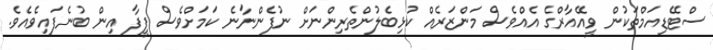
ސްޓޭޑިއަމްތަކުން ވީއޭއާރްގެ އެއްވެސް މަންޒަރެއް ކުޅިބެލުންތެރިންނަށް ނުފެންނާނެ ކަމަށްވެސް ފީފާ އިން ބުނެފައިވެއެވެ.